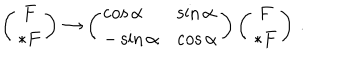
\left( \begin{array} { c } { { F } } \\ { { * F } } \\ \end{array} \right) \rightarrow \left( \begin{array} { l l } { { \cos \alpha } } & { { \sin \alpha } } \\ { { - \sin \alpha } } & { { \cos \alpha } } \\ \end{array} \right) \left( \begin{array} { c } { { F } } \\ { { * F } } \\ \end{array} \right) \, .